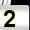
Digit: 2